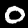
Digit: 0